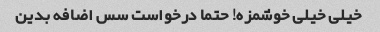
خیلی خیلی خوشمزه! حتما درخواست سس اضافه بدین